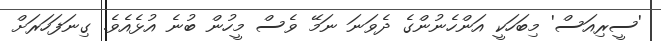
'ސީރިއަސް' މިބަހަކީ އަންހެނުންގެ ދެވަނަ ނަމޭ ވެސް މީހުން ބުނެ އުޅެއެވެ. ގިނަފަހަރަށް